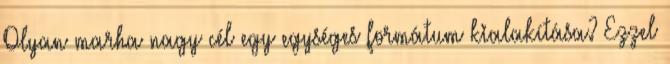
Olyan marha nagy cél egy egységes formátum kialakítása? Ezzel